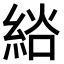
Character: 𦀭